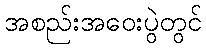
အစည်းအဝေးပွဲတွင်